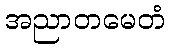
အညာတမေတံ